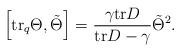
LaTeX: \begin{align*}\left[\mbox{tr}_q\Theta, \tilde{\Theta}\right]=\frac{\gamma \mbox{tr}D}{\mbox{tr}D-\gamma}\tilde{\Theta}^2.\end{align*}